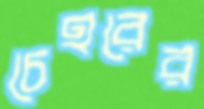
চেহরের